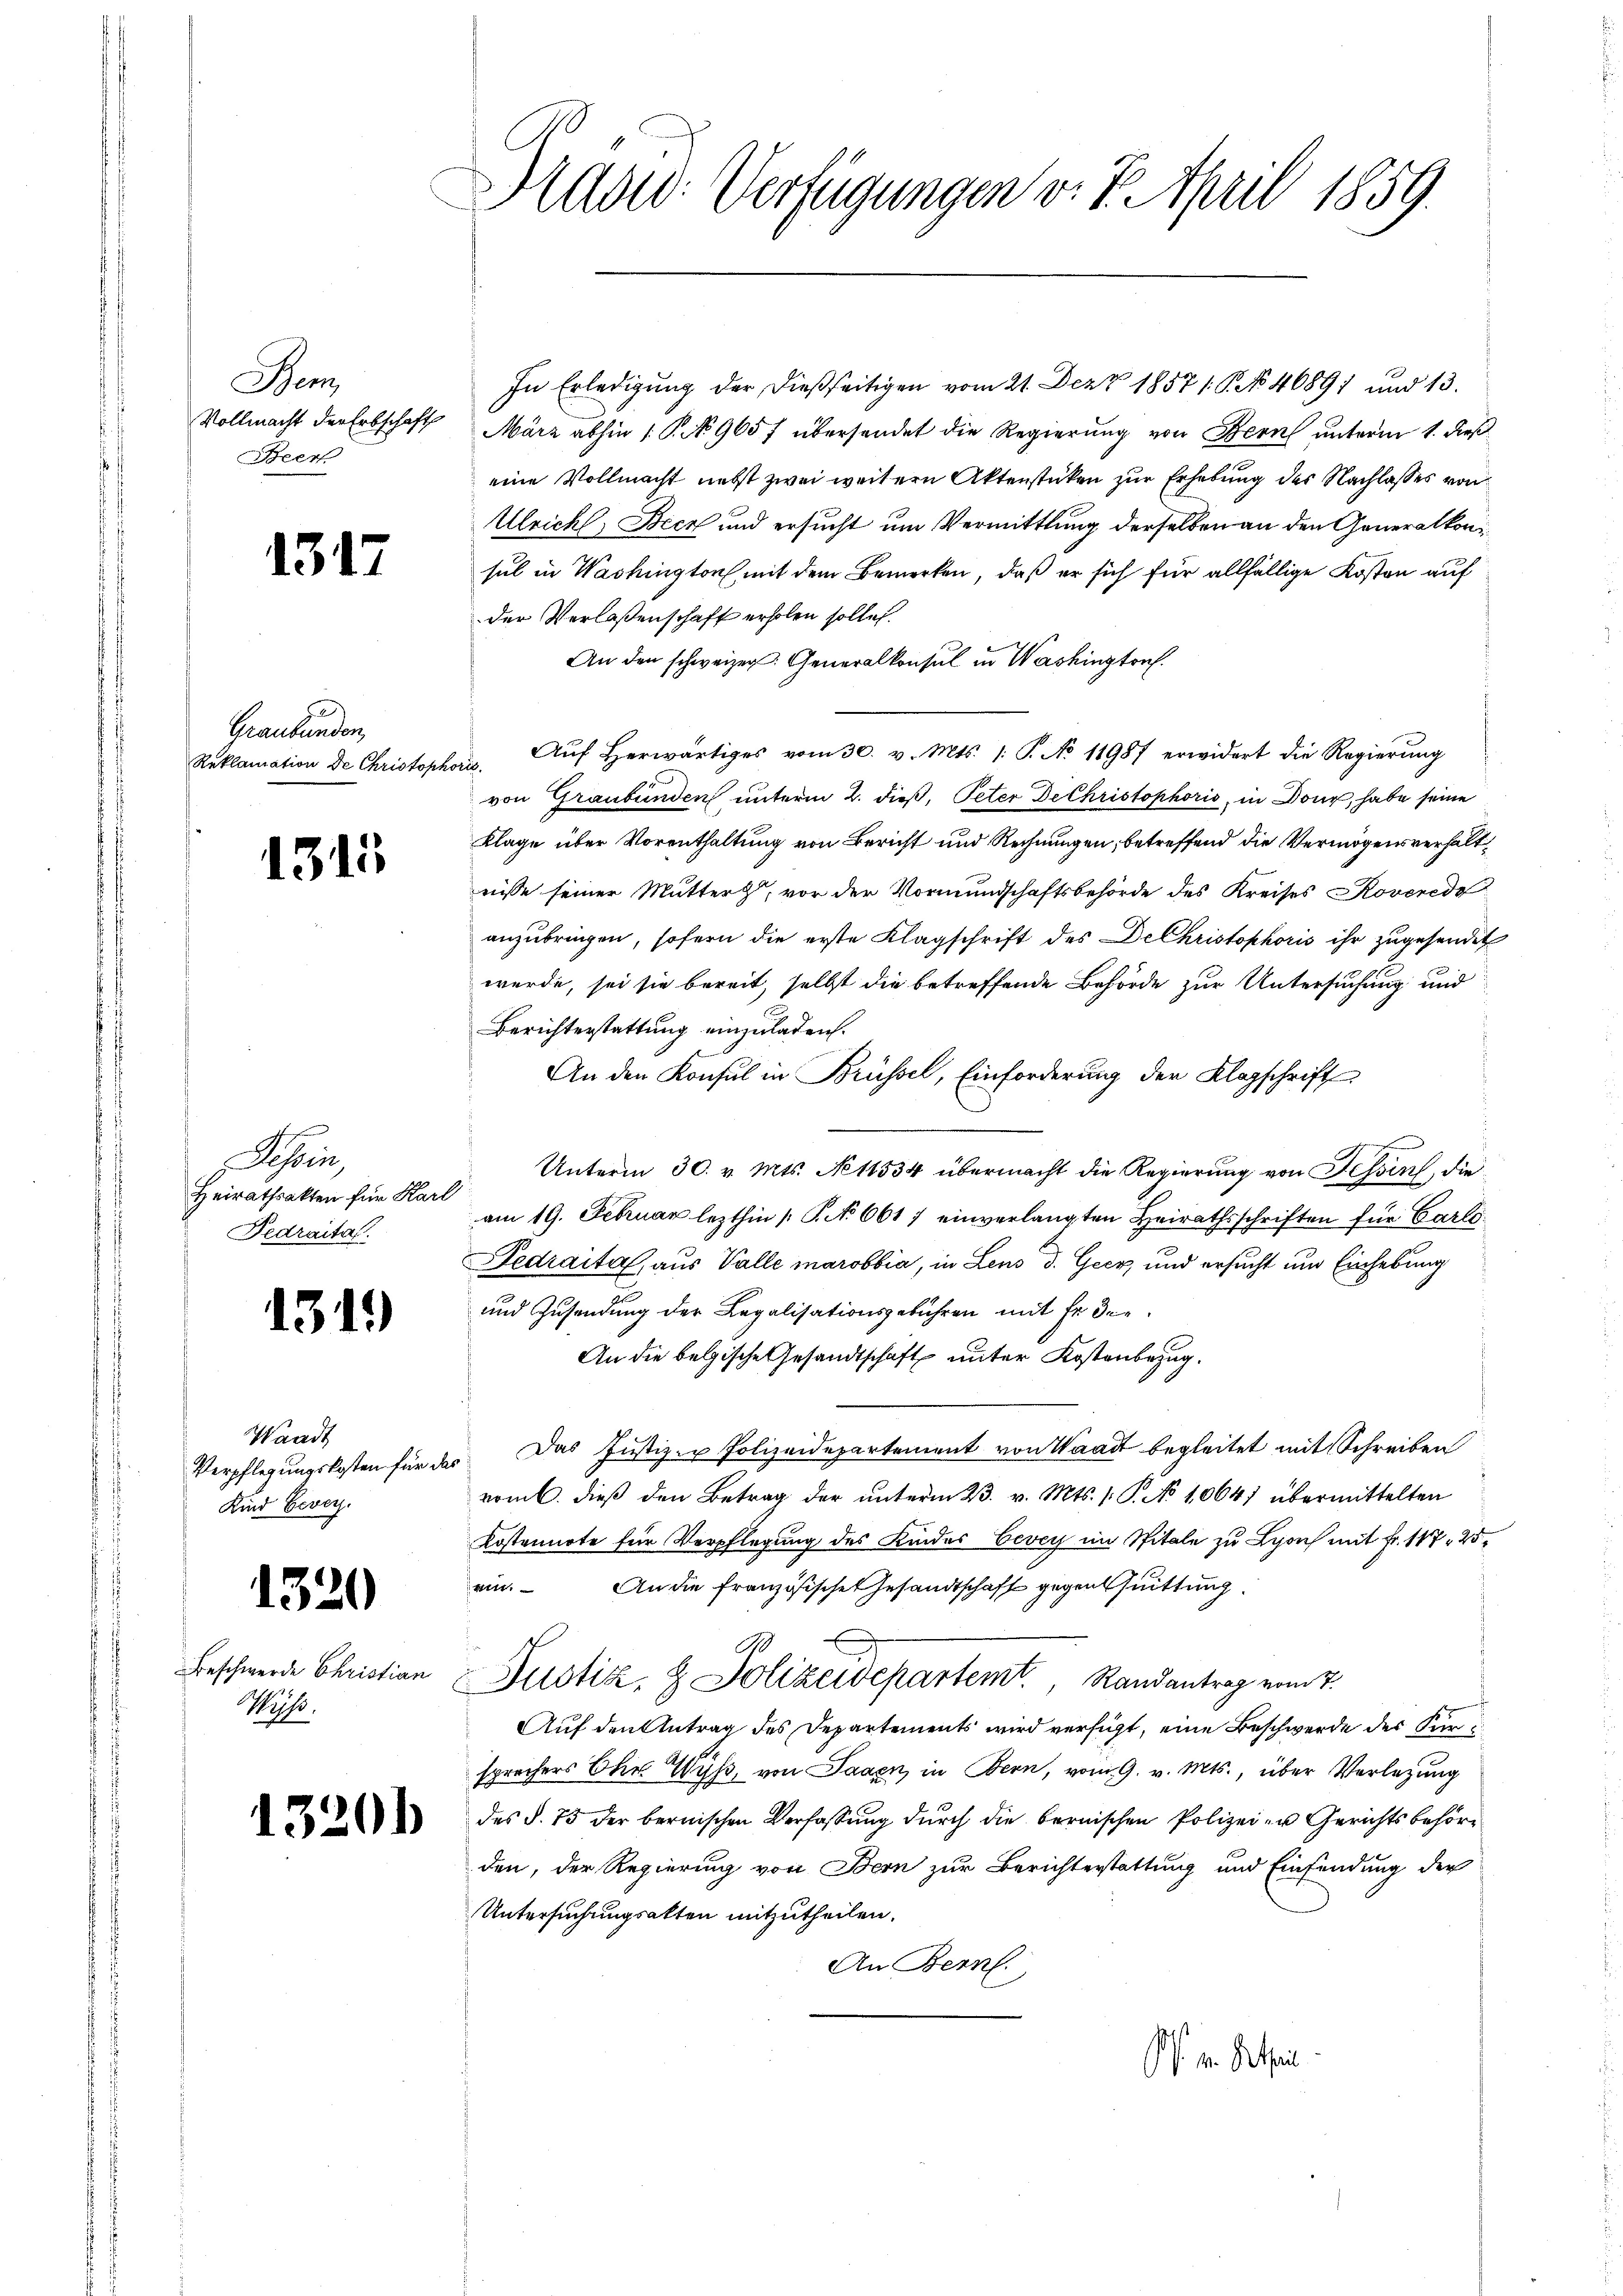
Bem
Vollmacht der Erbschaft
Beer

Graubünden,
Reklamation de Christopho

1315

Tessin,
Heirathsakten für Karl
Fedraital.

13

Waadt
Verpflegungskosten für das
Kind Bevor.

1320

13

15

1)

7

Beschwerde Christian
Messe,

1

Präsid. Verfügungen v. 7. April 1859.

In Erledigung der dießseitigen vom 21. Dez. 1857 1. No 46891 und 13.
März abhin 1 P. No 965 f übersendet die Regierung von Bern unterm 1. dieß
eine Vollmacht nebst zwei weitern Aktenstücken zur Erhebung des Nachlasses von
Ulricht, Beck und ersucht um Vermittlung derselben an den Generalkonsul in Washington, mit dem Bemerken, daß er sich für allfällige Kosten auf
der Verlassenschaft erholen solle.
An den schweizer. Generalkonsul in Washington.
Aŭf herwärtiges vom 30. v. Mts. 1. P. No 11987 erwidert die Regierŭng
zi
von Graubünden unterm 2. dieß, Peter De Christophoris, in Dour, habe seine
Klage über Vorenthaltung von Bericht und Rechnungen, betreffend die Vermögensverhältnisse seiner Mutter, vor der Vormundschaftsbehörde des Kreises Roverede
anzubringen, sofern die erste Klagschrift des DeChristophoris ihr zugesendet
werde, sei sie bereit, selbst die betreffende Behörde zur Untersuchung und
Berichterstattung einzuladen.
An den Konsul in Brüssel, Einforderung der Klagschrift
Unterm 30. v. Mts. No 11534 übermacht die Regierung von Schrich, die
am 19. Februar lezthin 1 S. 661 / einverlangten Heirathsschriften für Carls¬
Fedraital, aus Valle marobbia, in Lens d. Geer, und ersucht und Einhebung
und Zusendung der Legalisationsgebühren mit Er die¬
An die belgische Gesandtschaft unter Kostenbezug.
Das Justiz- u Polizeidepartement von Waadt begleitet mit Schreiben
vom 6. dieβ den Betrag der ŭnterm 23. v. Mts. v. P. No 10647 übermittelten
Kostennote für Verpflegung des Kindes Vevey im Spitale zu Lyon mit Fr. 117, 25,
rin. An die französische Gesandtschaft gegensuittung.
Justiz- & Polizeidepartemt. Randantrag ein
Auf den Antrag des Departements wird verfügt, eine Beschwerde des Kin
sprochers Ohr Wyß, von Jagen, in Bern, vom 9. v. Mts., über Verlegung
des §. 75 der bernischen Verfassŭng dŭrch die bernischen Polizei zu Gerichtsbehörden, der Regierung von Bern zur Berichterstattung und Einsendung der
Untersuchungsakten mitzutheilen.
An Bern.
ss. v. Aetheil